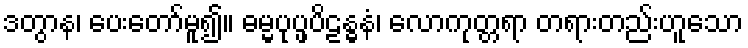
ဒတွာန၊ ပေးတော်မူ၍။ ဓမ္မပုပ္ဖပိဠန္ဓနံ၊ လောကုတ္တရာ တရားတည်းဟူသော